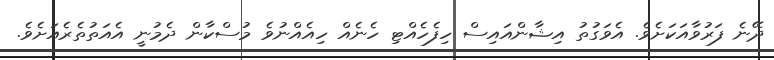
ދޭނެ ފަރުވާއަކަށެވެ. އެވަގުތު އިޝާންއައިސް ހިފެހެއްޓި ހެނެއް ހިއެއްނުވެ މުސްކާން ދެމުނީ އެއަތުތެރެއަށެވެ.